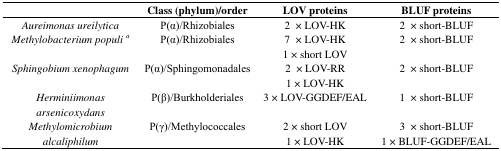
<table><thead><tr><td></td><td><b>Class (phylum)/order</b></td><td><b>LOV proteins</b></td><td><b>BLUF proteins</b></td></tr></thead><tbody><tr><td><i>Aureimonas ureilytica</i></td><td>P(α)/Rhizobiales</td><td>2 × LOV-HK</td><td>2 × short-BLUF</td></tr><tr><td><i>Methylobacterium populi</i><sup>a</sup></td><td>P(α)/Rhizobiales</td><td>7 × LOV-HK1 × short LOV</td><td>2 × short-BLUF</td></tr><tr><td><i>Sphingobium xenophagum</i></td><td>P(α)/Sphingomonadales</td><td>2 × LOV-RR1 × LOV-HK</td><td>2 × short-BLUF</td></tr><tr><td><i>Herminiimonas arsenicoxydans</i></td><td>P(β)/Burkholderiales</td><td>3 × LOV-GGDEF/EAL</td><td>1 × short-BLUF</td></tr><tr><td><i>Methylomicrobium alcaliphilum</i></td><td>P(γ)/Methylococcales</td><td>2 × short LOV1 × LOV-HK</td><td>3 × short-BLUF1 × BLUF-GGDEF/EAL</td></tr></tbody></table>